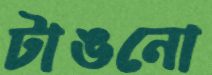
টাঙনো